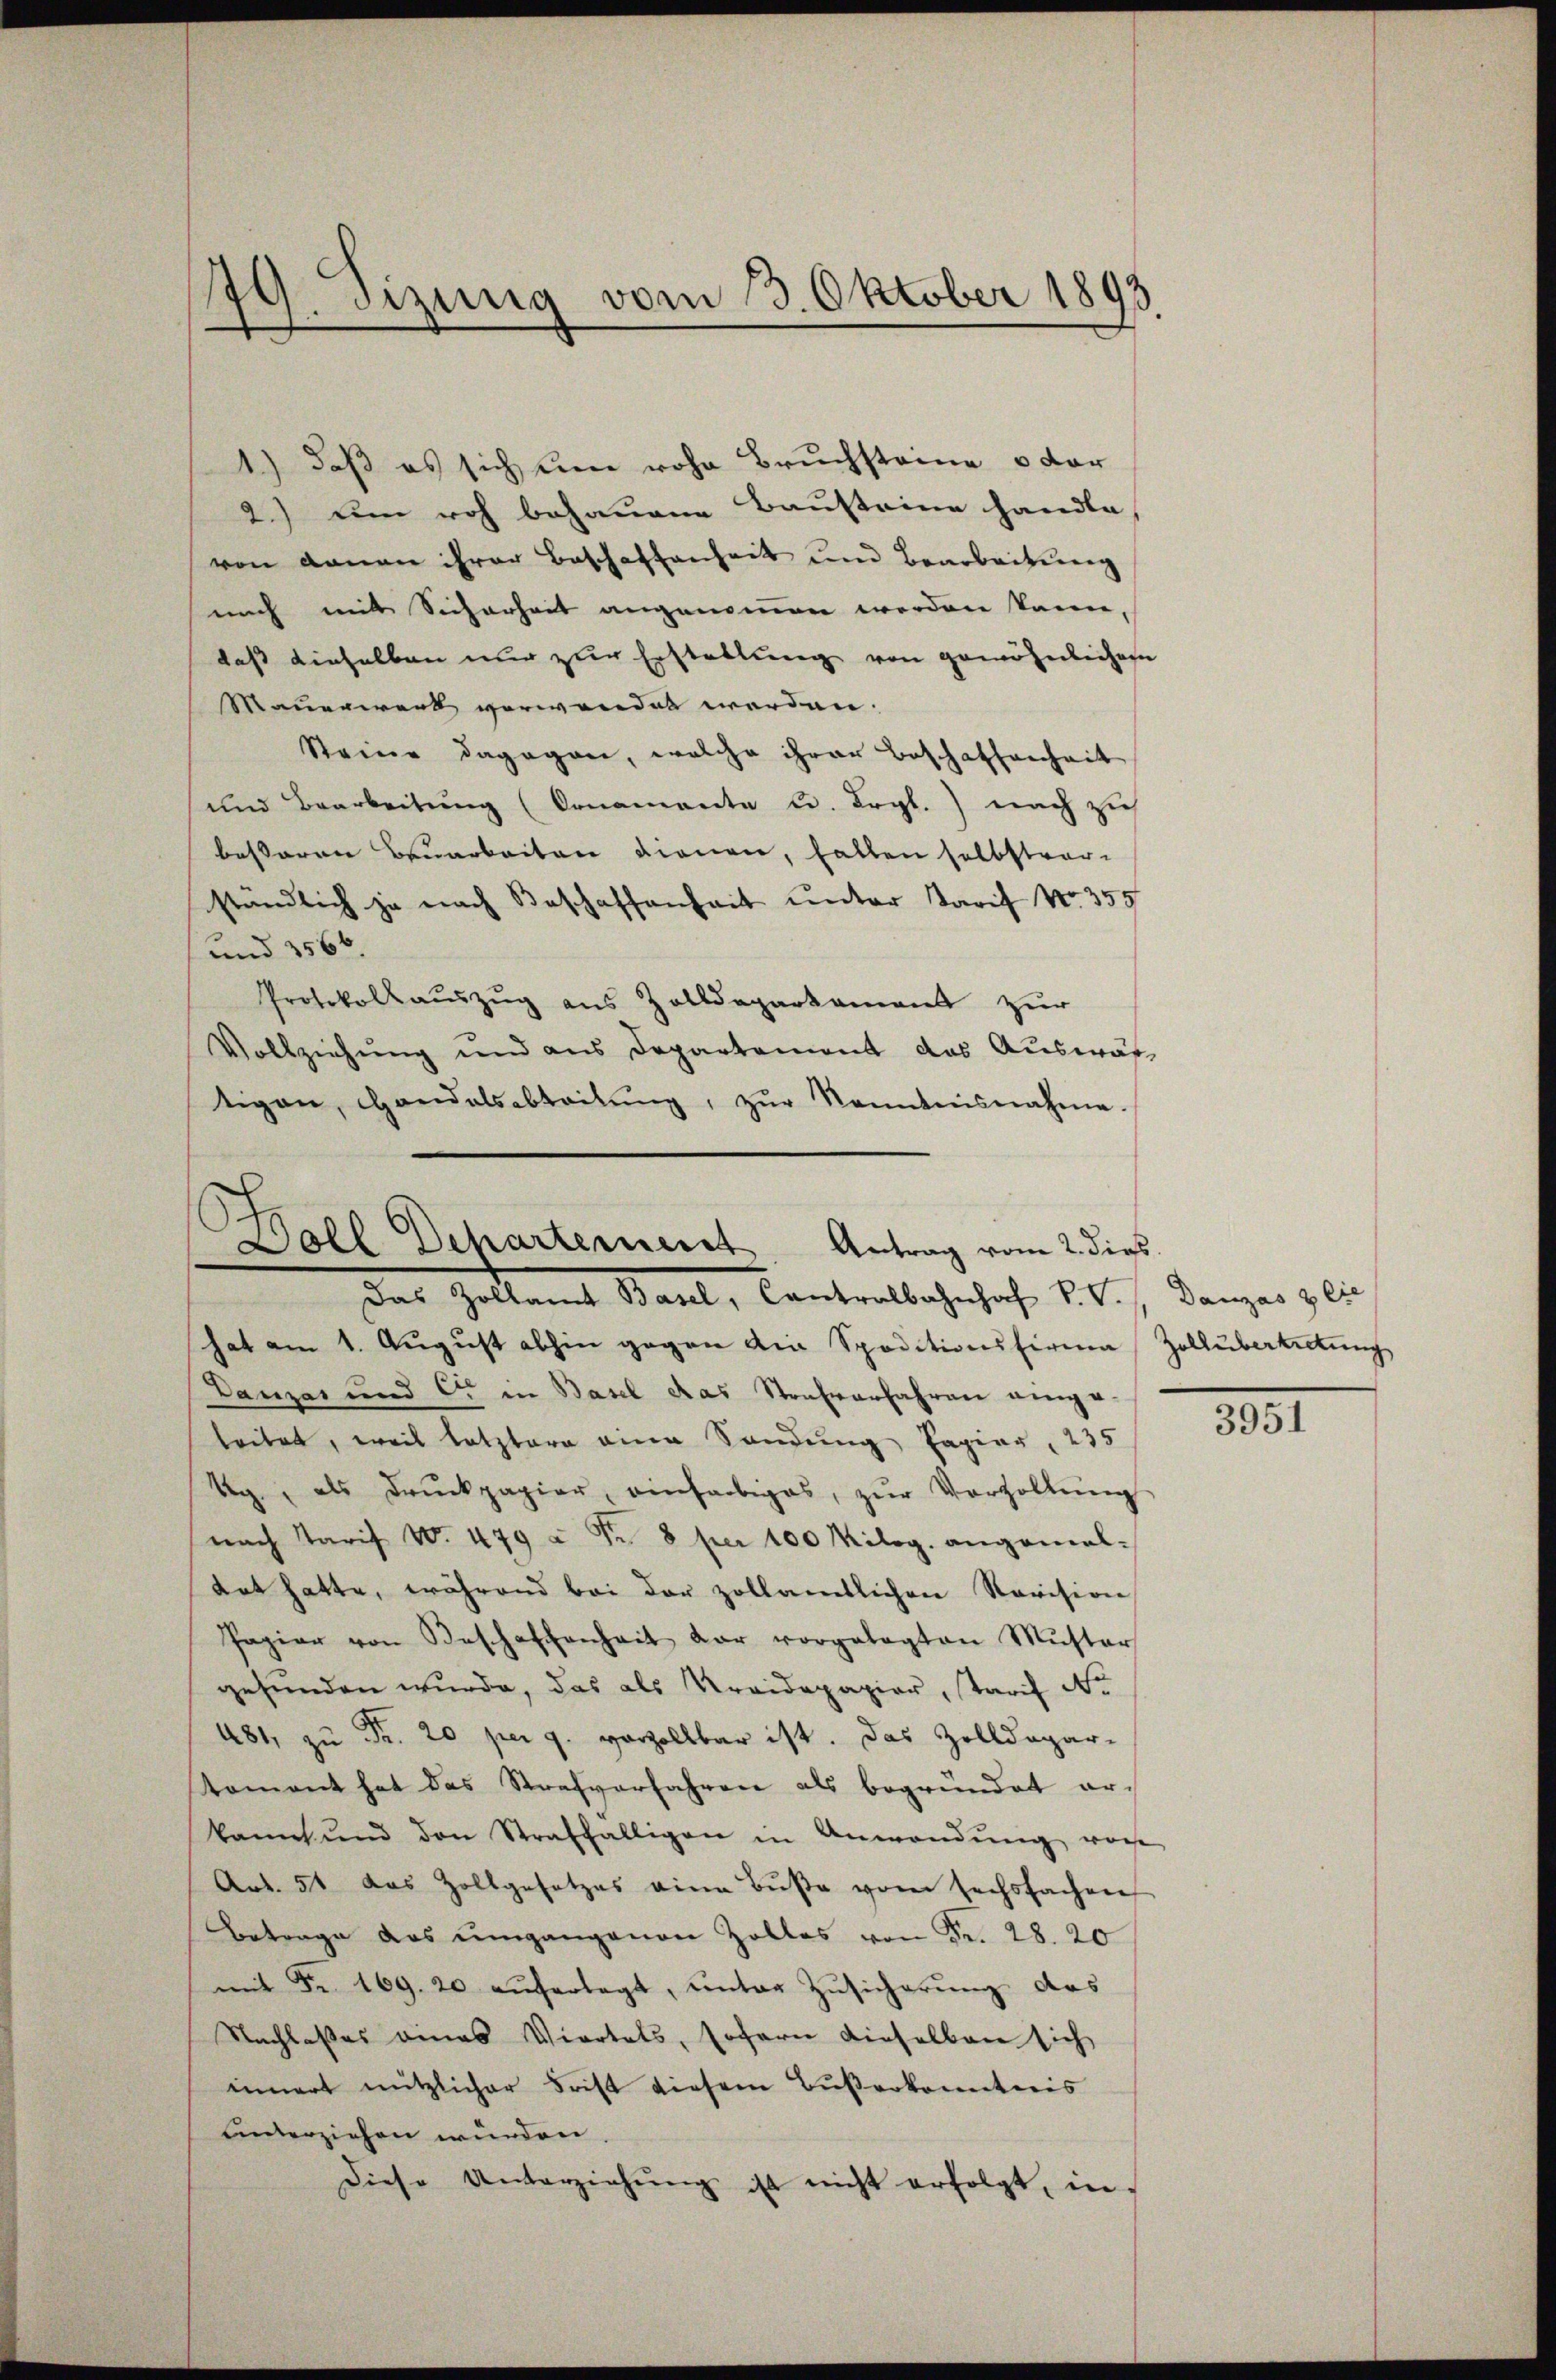
1.) daß es sich eine rohe Bruchsteine o dar
2.) um roh behauene Bausteine handle,
von denen ihrer Beschaffenheit und Bearbeitung
mich mit Sicherheit angenommen werden kann,
daß dieselben nur zur Erstellung von gewöhnlichen
Mauerwart verwendet werden.
Steine dagegen, welche ihrer Beschaffenheit
und Bearbeitung (Ornamente u. drgl.) nach zu
besseren Bauarbeiten dienen, fallen selbstver-
ständlich ja nach Beschaffenheit unter Tarif No 355
.
und 3566.
Protokollaŭszŭg aŭs Zolldeparkament zŭr
Vollziehung und aus Departement das Auswas
tigen, Handelsabteilŭng, zŭr Nanntnisnahme.

79. Dizung vom 3. Oktober 1893.

Doll Departement Antrag vom 2. dies
Das Zollamt Basel, Cantralbahnhof v. V. Danzas & Cie
hat am 1. August abhin gegen die Speditionsfirma Zollübertretung

Danzar und C. in Basel das Strafverfahren einge-
leitet, weil letztere eine Sandung Papier, 235
Ug, als Drŭckpapier, einfarbiges, zŭr Verzollŭng
nach Tarif 10. 479 à Fr. 8 per 100 Milog. angemal-
tet hatte, während bei der zollamtlichen Revision
Papier von Beschaffenheit der vorgelegten Mŭster
gefunden wurde, das als Kreidepapier, Tarif Nr.
481, zu Fr. 20 per 9. vorzollbar ist. Das Zolldepar-
toment hat das Strafverfahren als begründet erkannt und den Straffälligen in Anwendŭng vor
Art. 51 das Zollgesetzes eine Bŭβe vom sechsfachen
Betrage das umgangenen Zolles von Fr. 28. 20
mit Fr. 169. 20 auferlegt, unter Zusicherung das
Nachlasses eines Viertels, sofern dieselben sich
innert nützlicher Frist diesem Buserkanntnis
unterziehen würden.
Diese Unterziehŭng ist nicht erfolgt, in

3951